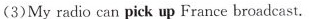
(3)My radio can pick up France broadcast.